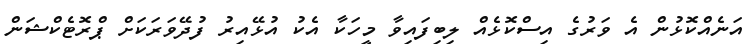
އަނެއްކޮޅުން އެ ވަރުގެ އިސްކޮޅެއް ލިބިފައިވާ މީހަކާ އެކު އުޅޭއިރު ފުދޭވަރަކަށް ޕްރޮޓެކްޝަން